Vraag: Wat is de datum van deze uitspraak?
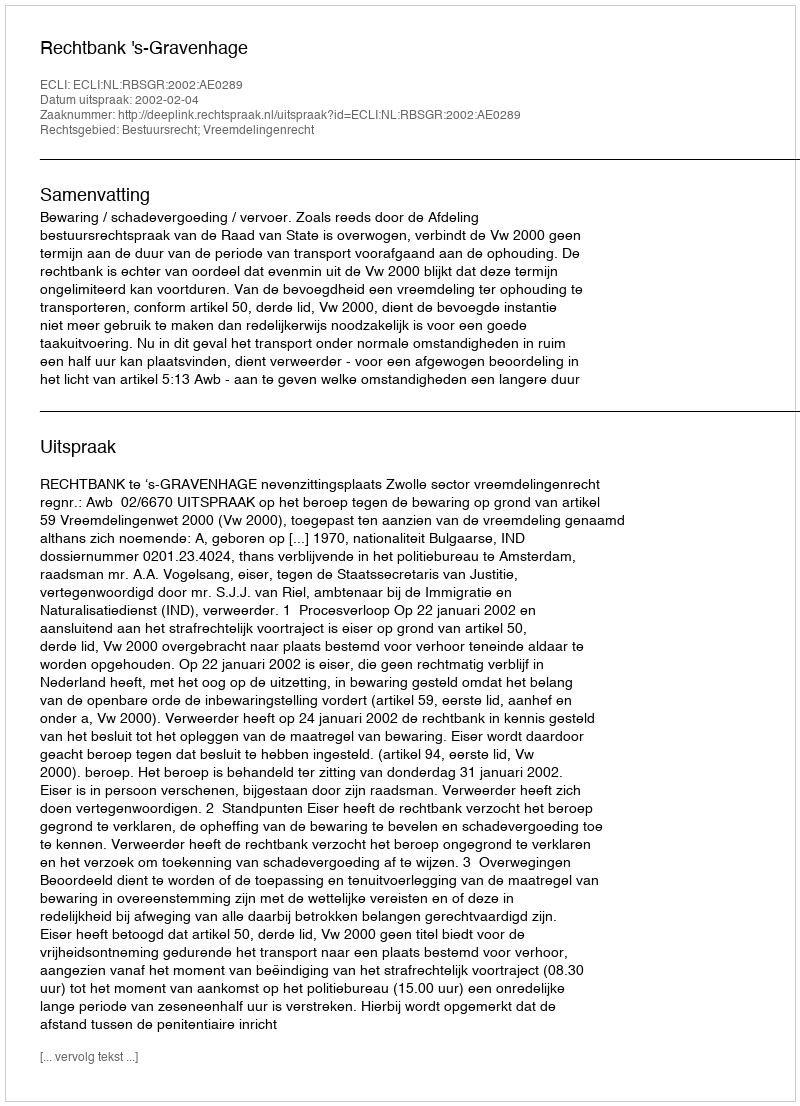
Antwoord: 2002-02-04